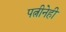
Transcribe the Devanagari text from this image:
पत्नीनेही